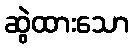
ဆွဲထားသော